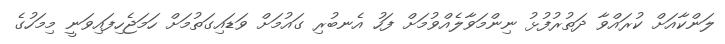
ލަންކާއަށް ކުރައްވާ ދަތުުރުފުޅު ނިންމަވާލެއްވުމަށް ފަހު އެނބުރި ގައުމަށް ވަޑައިގަތުމަށް ހަމަޖެހިފައިވަނީ މިމަހުގެ